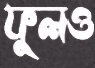
ফুলও